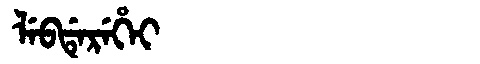
Manchu: ᠯᡝᠪᡩᡝᡵᡝᡥᡝᡳ
Romanization: LEBDEREHEI